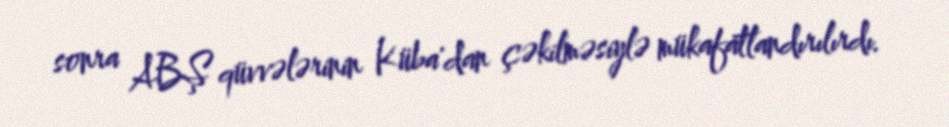
sonra ABŞ qüvvələrinin Küba'dan çəkilməsiylə mükafatlandırılırdı.